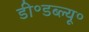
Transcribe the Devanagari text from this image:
डी॰डब्ल्यू॰